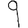
Digit: 9